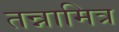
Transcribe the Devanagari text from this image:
तन्नामित्र